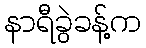
နာရီခွဲခန့်က